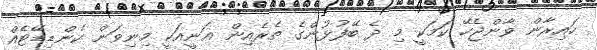
ހައިރާން ވާންޖެހޭ ކަމަކީ މި ދެ ބޭފުޅުންގެ ތެރެއިން ޣަނީއަކީ މިނިވަން ކެންޑިޑޭޓެއް